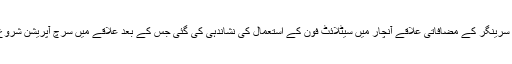
گزشتہ ہفتے سرینگر کے مضافاتی علاقے آنچار میں سیٹلائٹ فون کے استعمال کی نشاندہی کی گئی جس کے بعد علاقے میں سرچ آپریشن شروع کیا گیا تھا۔